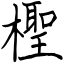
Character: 檉